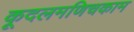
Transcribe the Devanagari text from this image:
कूदलमणिचकाम